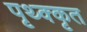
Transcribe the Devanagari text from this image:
पृथ्क्कृत